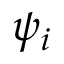
\psi _ { i }